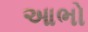
આભો